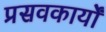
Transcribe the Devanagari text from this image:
प्रसवकार्यों